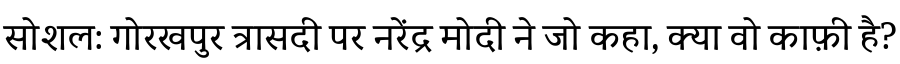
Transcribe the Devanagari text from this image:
सोशल: गोरखपुर त्रासदी पर नरेंद्र मोदी ने जो कहा, क्या वो काफ़ी है?